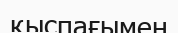
қыспағымен